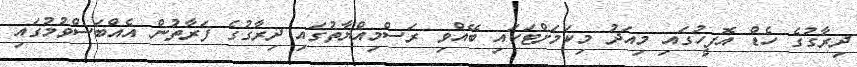
ދިރާގުގެ ހެޑް އޮފީހުގައި މިއަދު މިކަމަށްޓަކައި ބޭއްވި ރަސްމިއްޔާތުގައި ދިރާގުގެ ފަރާތުން އެއްބަސްވުމުގައި